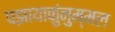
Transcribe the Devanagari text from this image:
पझायाकुंनुम्मल